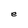
Character: e